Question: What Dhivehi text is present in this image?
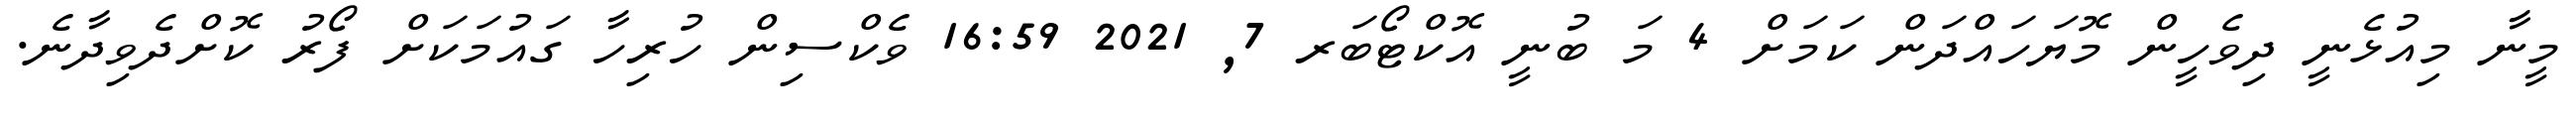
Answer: މީނާ މިއުޅެނީ ދިވެހީން މޮޔަހައްދަން ކަމަށް 4 މަ ބުނީ އޮކްޓޯބަރ 7, 2021 16:59 ވެކްސިން ހުރިހާ ގައުމަކަށް ފޯރު ކޮށްދެވިދާނެ.